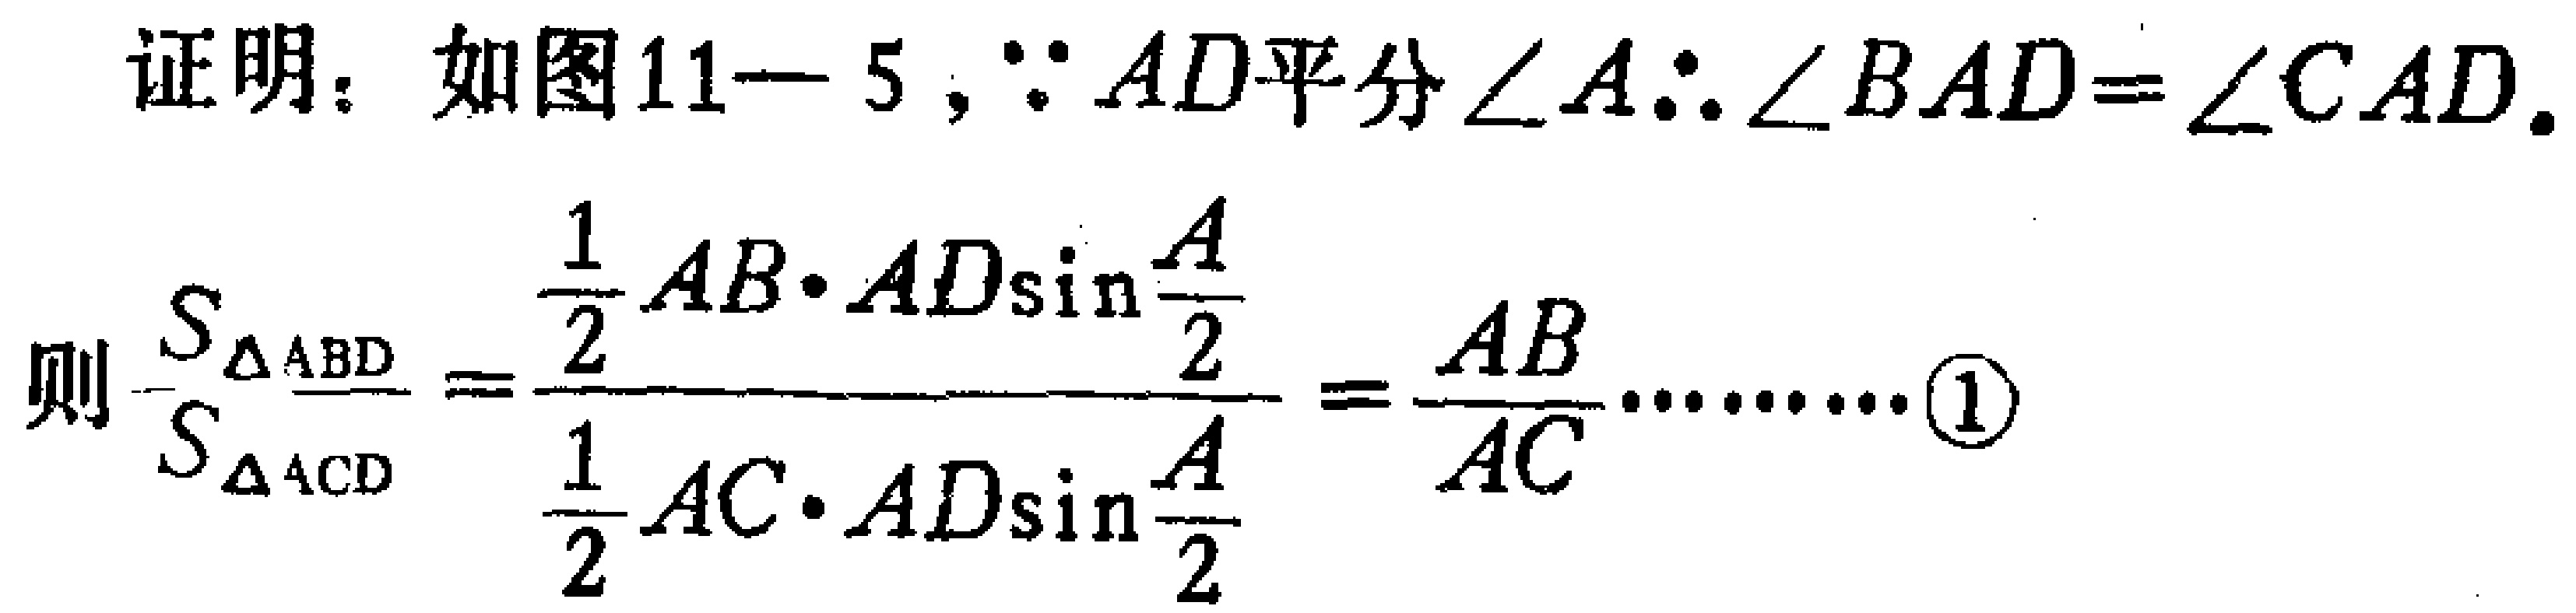
证明：如图11—5，\(\because AD\)平分\(\angle A\therefore \angle BAD = \angle CAD\).
则\(\frac{S_{\triangle ABD}}{S_{\triangle ACD}}=\frac{\frac{1}{2}AB\cdot AD\sin\frac{A}{2}}{\frac{1}{2}AC\cdot AD\sin\frac{A}{2}}=\frac{AB}{AC}\cdots\cdots\textcircled{1}\)